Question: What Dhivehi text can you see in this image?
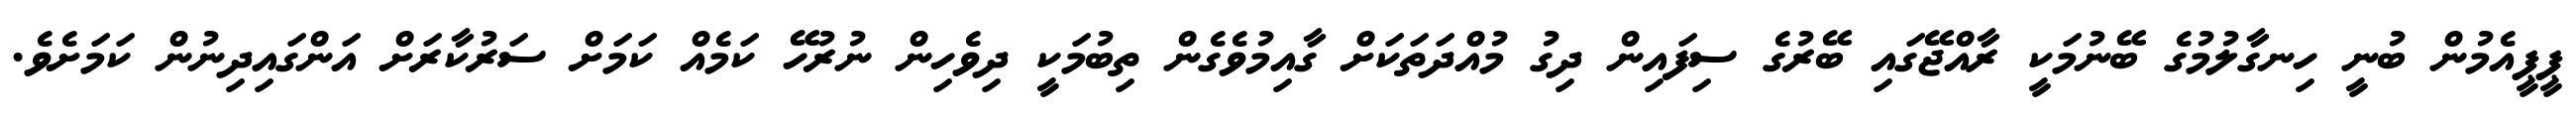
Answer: ޕީޕީއެމުން ބުނީ ހިނގާލުމުގެ ބޭނުމަކީ ރާއްޖޭގައި ބޭރުގެ ސިފައިން ދިގު މުއްދަތަކަށް ގާއިމުވެގެން ތިބުމަކީ ދިވެހިން ނުރުހޭ ކަމެއް ކަމަށް ސަރުކާރަށް އަންގައިދިނުން ކަމަށެވެ.